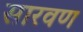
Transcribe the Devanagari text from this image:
सारवण